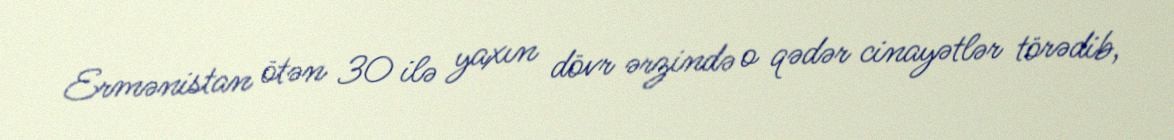
Ermənistan ötən 30 ilə yaxın dövr ərzində o qədər cinayətlər törədib,